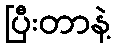
ပြီးတာနဲ့